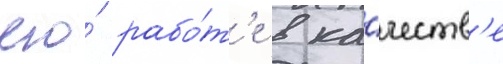
его́ рабо́т'е в ка́честв'е